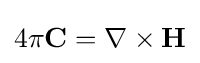
4\pi \mathbf {C} =\nabla \times \mathbf {H}